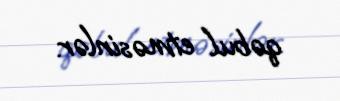
qəbul etməsinlər.